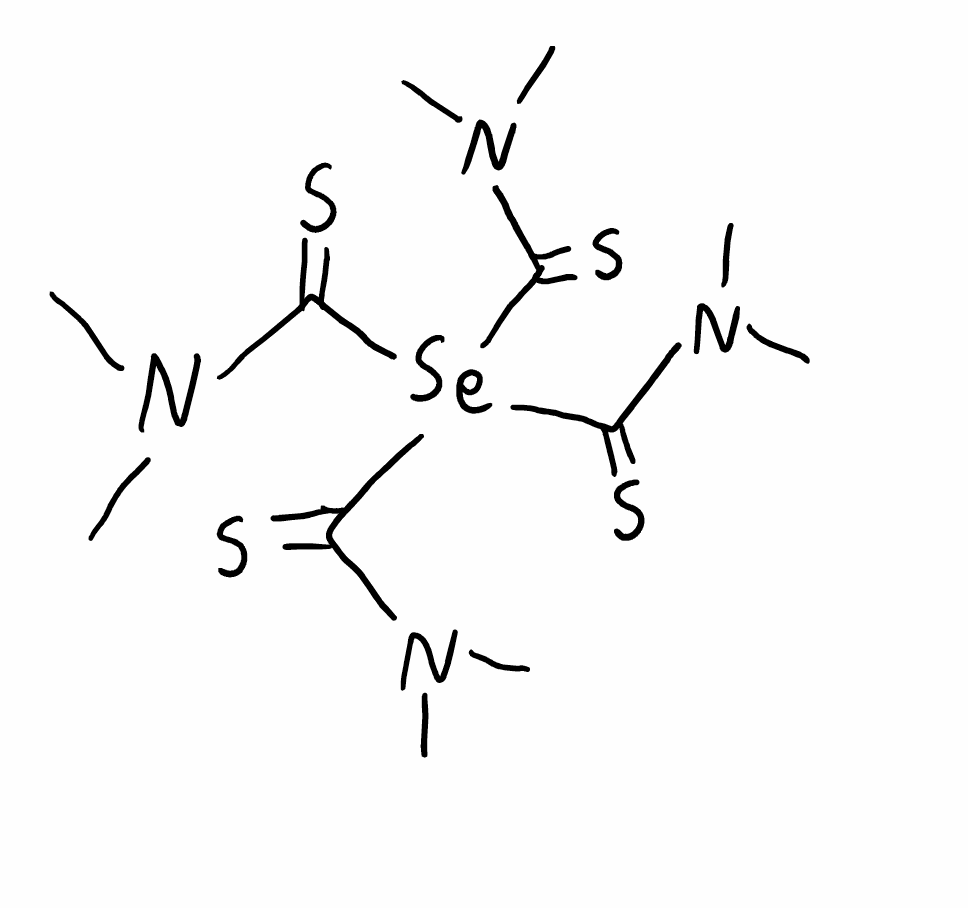
Simplified molecular-input line-entry system (SMILES) notation of the given molecule:
CN(C)C(=S)[Se](C(=S)N(C)C)(C(=S)N(C)C)C(=S)N(C)C